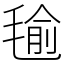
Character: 毺